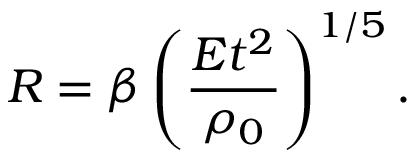
R = \beta \left( { \frac { E t ^ { 2 } } { \rho _ { 0 } } } \right) ^ { 1 / 5 } .